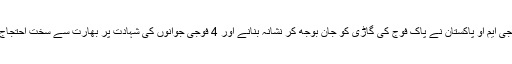
ڈی جی ایم او پاکستان نے پاک فوج کی گاڑی کو جان بوجھ کر نشانہ بنانے اور 4 فوجی جوانوں کی شہادت پر بھارت سے سخت احتجاج کیا۔